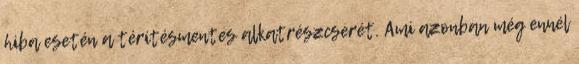
hiba esetén a térítésmentes alkatrészcserét. Ami azonban még ennél